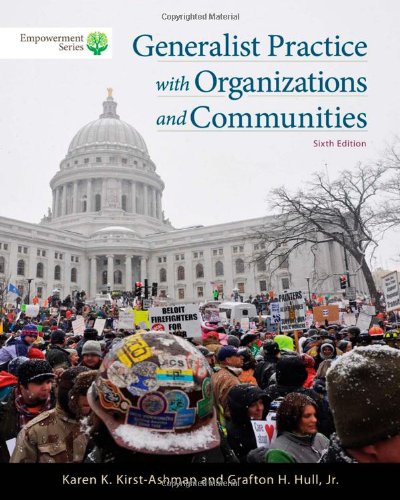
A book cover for Brooks/Cole Empowerment Series: Generalist Practice with Organizations and Communities (Book Only); Karen K. Kirst-Ashman; Politics & Social Sciences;